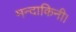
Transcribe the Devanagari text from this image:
मन्दाकिनी।